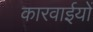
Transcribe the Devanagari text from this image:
कारवाईयों